Report on horse surra - Volume I
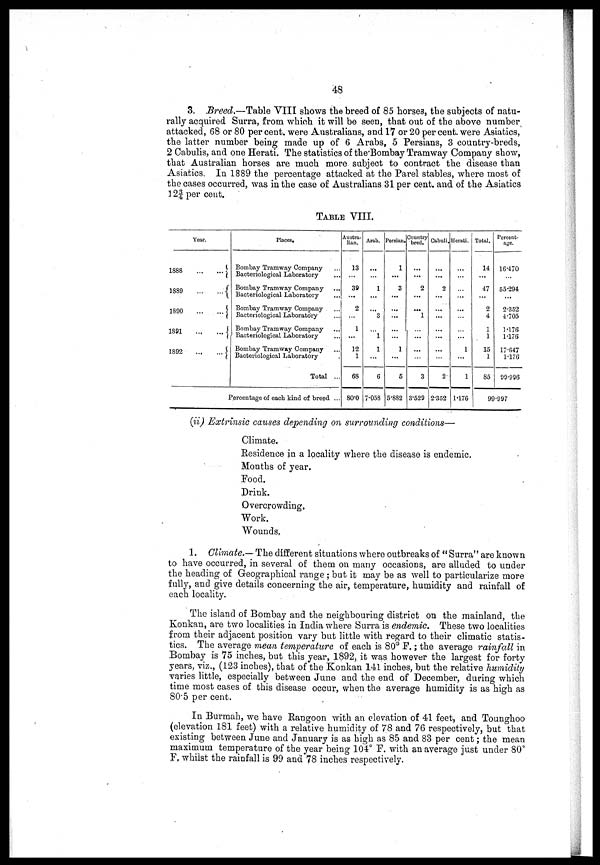
48
3. Breed.—Table VIII shows the breed of 85 horses, the subjects of natu-
rally acquired Surra, from which it will be seen, that out of the above number
attacked, 68 or 80 per cent. were Australians, and 17 or 20 per cent. were Asiatics,
the latter number being made up of 6 Arabs, 5 Persians, 3 country-breds,
2 Cabulis, and one Herati. The statistics of the Bombay Tramway Company show,
that Australian horses are much more subject to contract the disease than
Asiatics In 1889 the percentage attacked at the Parel stables, where most of
the cases occurred, was in the case of Australians 31 per cent. and of the Asiatics
12¾ per cent.
TABLE VIII.
Year.
1888
1889
1890
1891
1892
...{
...{
...{
...{
Places*
Bombay Tramway Company
Bacteriological Laboratory
Bombay Tramway Company
Bacteriological Laboratory
...
Bombay Tramway Company . ...
Bacteriological Laboratory
Bombay Tramway Company
Bacteriological Laboratory
Bombay Tramway Company
Bacteriological Laboratory
Total ...
Percentage of each kind of breed ...
Austra-
lian.
13
39
2
1
12
1
68
80.0
Arab.
...
1
...
...
3
... l
1
6
7.058
Persian.
1
3
...
...
...
... 1
5
5.883
Country
bred.
...
2
...
1
...
...
...
3
3.529
Cabuli.
2
...
...
... ...
2
2352
Herati.
...
...
...
... 1
1
1.176
Total.
14
47
2
4
1
1
15
1
85
Percent-
age.
16470
55:294
2.352
4.705
1.176
1.176
17.647
1.176
99.996
99.997
(ii) Extrinsic causes depending on surrounding conditions—
Climate.
Residence in a locality where the disease is endemic.
Months of year.
Food.
Drink.
Overcrowding,
Work.
"Wounds,
1. Climate.—The different situations where outbreaks of " Surra" are known
to have occurred, in several of them on many occasions, are alluded to under
the heading of Geographical range ; but it may be as well to particularize more
fully, and give details concerning the air, temperature, humidity and rainfall of
each locality.
The island of Bombay and the neighbouring district on the mainland, the
Konkan, are two localities in India where Surra is endemic. These two localities
from their adjacent position vary but little with regard to their climatic statis-
tics. The average mean temperature of each is 80° F.; the average rainfall in
Bombay is 75 inches, but this year, 1892, it was however the largest for forty
years, viz., (123 inches), that of the Konkan 141 inches, but the relative humidity
varies little, especially between June and the end of December, during which
time most cases of this disease occur, when the average humidity is as high as
80.5 per cent.
In Burmah, we have Rangoon with an elevation of 41 feet, and Tounghoo
(elevation 181 feet) with a relative humidity of 78 and 76 respectively, but that
existing between June and January is as high as 85 and 83 per cent ; the mean
maximum temperature of the year being 104° F. with an average just under 80°
F. whilst the rainfall is 99 and 78 inches respectively,